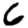
Digit: 6